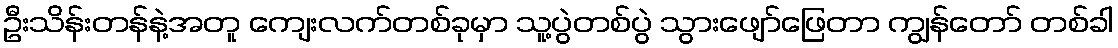
ဦးသိန်းတန်နဲ့အတူ ကျေးလက်တစ်ခုမှာ သူ့ပွဲတစ်ပွဲ သွားဖျော်ဖြေတာ ကျွန်တော် တစ်ခါ